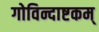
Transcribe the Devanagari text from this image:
गोविन्दाष्टकम्‌